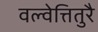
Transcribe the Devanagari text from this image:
वल्वेत्तितुरै